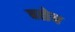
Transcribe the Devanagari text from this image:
बळेच